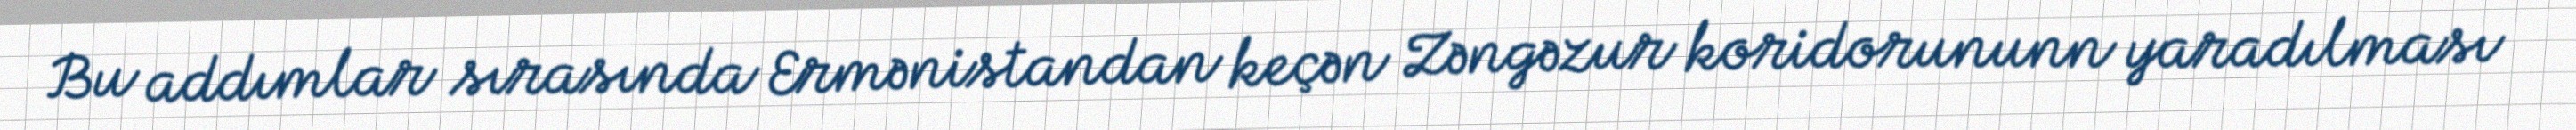
Bu addımlar sırasında Ermənistandan keçən Zəngəzur koridorununn yaradılması